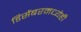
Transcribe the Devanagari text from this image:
डिसेंबरमध्येही